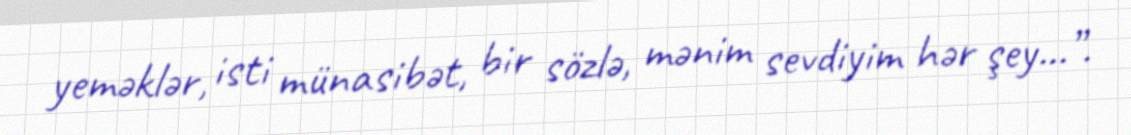
yeməklər, isti münasibət, bir sözlə, mənim sevdiyim hər şey...”.